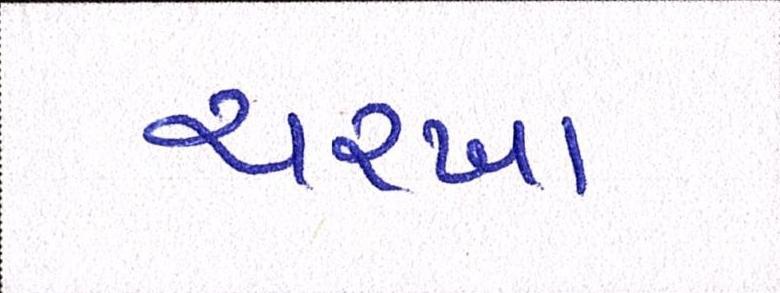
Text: ચરખા